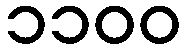
၁၁၀၀